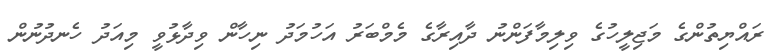
ރައްޔިތުންގެ މަޖިލީހުގެ ވިލިމާފަންނު ދާއިރާގެ މެމްބަރު އަހުމަދު ނިހާން ވިދާޅުވީ މިއަދު ހެނދުނުން